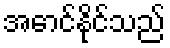
အောင်နိုင်သည်